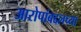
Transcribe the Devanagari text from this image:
आरोपांबद्दलच्या